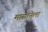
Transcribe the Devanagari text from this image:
मासानेला